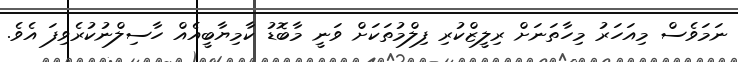
ނަމަވެސް މިއަހަރު މިހާތަނަށް ރިލީޒްކުރި ފިލްމުތަކަށް ވަނީ މާބޮޑު ކާމިޔާބީއެއް ހާސިލްނުކުރެވިފަ އެވެ.